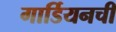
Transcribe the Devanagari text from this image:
गार्डियनची